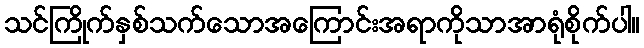
သင်ကြိုက်နှစ်သက်သောအကြောင်းအရာကိုသာအာရုံစိုက်ပါ။